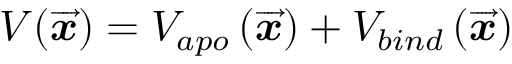
V ( \overrightarrow { \mathbfit { x } } ) = V _ { a p o } \left( \overrightarrow { \mathbfit { x } } \right) + V _ { b i n d } \left( \overrightarrow { \mathbfit { x } } \right)